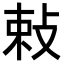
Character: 𭣴